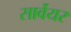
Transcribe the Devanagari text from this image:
सार्वेयर